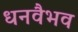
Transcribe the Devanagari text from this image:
धनवैभव